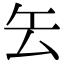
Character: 𠫟